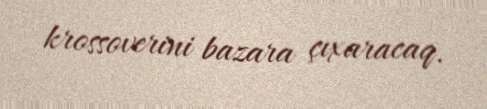
krossoverini bazara çıxaracaq.